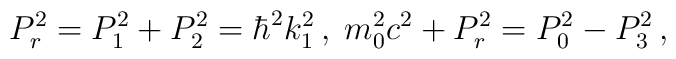
P_{r}^{2}=P_{1}^{2}+P_{2}^{2}=\hbar^{2}k_{1}^{2}\,,\;m_{0}^{2}c^{2}+P_{r}^{2}=P_{0}^{2}-P_{3}^{2}\,,